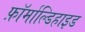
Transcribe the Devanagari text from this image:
फ़ॉर्माल्डिहाइड